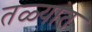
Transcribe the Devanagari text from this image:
तळ्यांत